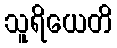
သူရိယေတိ